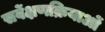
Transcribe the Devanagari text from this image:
सर्वेक्षणक्रियाओं